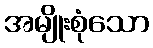
အမျိုးစုံသော